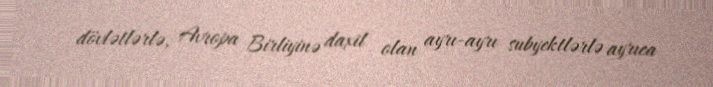
dövlətlərlə, Avropa Birliyinə daxil olan ayrı-ayrı subyektlərlə ayrıca